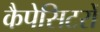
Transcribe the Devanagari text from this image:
कैपेसिटरों